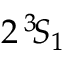
2 \, ^ { 3 } \! S _ { 1 }